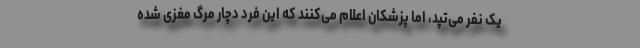
یک نفر می‌تپد، اما پزشکان اعلام می‌کنند که این فرد دچار مرگ مغزی شده